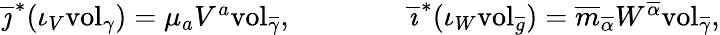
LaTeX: \begin{array}{r}{\overline{{\jmath}}^{*}(\iota_{V}\mathrm{vol}_{\gamma})=\mu_{a}V^{a}\mathrm{vol}_{\overline{{\gamma}}},\quad\quad\quad\quad\overline{{\imath}}^{*}(\iota_{W}\mathrm{vol}_{\overline{{g}}})=\overline{{m}}_{\overline{{\alpha}}}W^{\overline{{\alpha}}}\mathrm{vol}_{\overline{{\gamma}}},}\end{array}